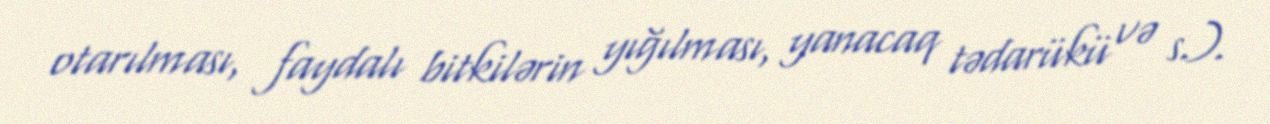
otarılması, faydalı bitkilərin yığılması, yanacaq tədarükü və s.).